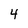
Character: 4